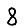
Digit: 8